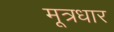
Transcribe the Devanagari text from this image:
मूत्रधार